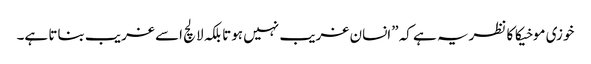
خوزی موخیکا کا نظریہ ہے کہ ”انسان غریب نہیں ہوتا بلکہ لالچ اسے غریب بناتا ہے۔